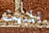
المبيت